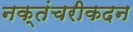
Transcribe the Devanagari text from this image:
नक्तंचरीकदन